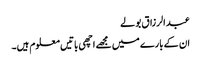
عبد الرزاق بولے
ان کے بارے میں مجھے اچھی باتیں معلوم ہیں۔